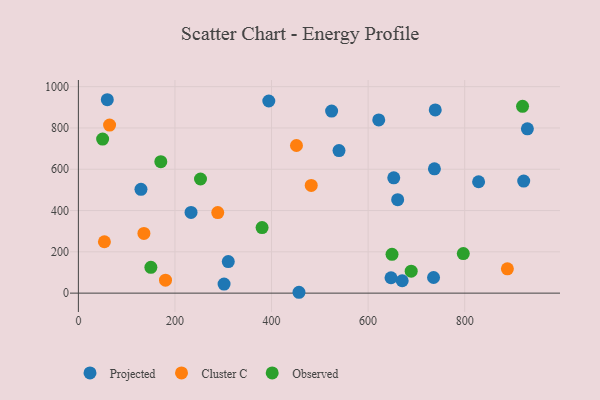
{"axis": {"x": "Price", "y": "Salary"}, "legend": ["Cluster C", "Observed", "Projected"], "data": [{"x": "828.8", "y": 539.4, "type": "Projected"}, {"x": "739.0", "y": 887.5, "type": "Projected"}, {"x": "647.4", "y": 74.5, "type": "Projected"}, {"x": "456.8", "y": 4.2, "type": "Projected"}, {"x": "129.6", "y": 503.0, "type": "Projected"}, {"x": "301.7", "y": 44.1, "type": "Projected"}, {"x": "737.3", "y": 602.1, "type": "Projected"}, {"x": "653.1", "y": 558.4, "type": "Projected"}, {"x": "735.5", "y": 75.7, "type": "Projected"}, {"x": "929.8", "y": 795.7, "type": "Projected"}, {"x": "233.3", "y": 390.9, "type": "Projected"}, {"x": "539.7", "y": 690.5, "type": "Projected"}, {"x": "524.4", "y": 881.8, "type": "Projected"}, {"x": "922.2", "y": 542.8, "type": "Projected"}, {"x": "394.3", "y": 930.5, "type": "Projected"}, {"x": "661.2", "y": 452.8, "type": "Projected"}, {"x": "310.4", "y": 153.0, "type": "Projected"}, {"x": "670.6", "y": 59.9, "type": "Projected"}, {"x": "59.9", "y": 936.7, "type": "Projected"}, {"x": "622.0", "y": 838.7, "type": "Projected"}, {"x": "888.4", "y": 117.8, "type": "Cluster C"}, {"x": "451.6", "y": 714.9, "type": "Cluster C"}, {"x": "482.2", "y": 521.7, "type": "Cluster C"}, {"x": "288.6", "y": 390.0, "type": "Cluster C"}, {"x": "64.6", "y": 813.8, "type": "Cluster C"}, {"x": "53.9", "y": 248.8, "type": "Cluster C"}, {"x": "180.4", "y": 62.9, "type": "Cluster C"}, {"x": "135.7", "y": 289.0, "type": "Cluster C"}, {"x": "252.9", "y": 552.7, "type": "Observed"}, {"x": "649.5", "y": 188.1, "type": "Observed"}, {"x": "919.8", "y": 904.7, "type": "Observed"}, {"x": "150.1", "y": 125.2, "type": "Observed"}, {"x": "797.1", "y": 191.7, "type": "Observed"}, {"x": "689.2", "y": 106.5, "type": "Observed"}, {"x": "170.7", "y": 636.8, "type": "Observed"}, {"x": "50.2", "y": 746.2, "type": "Observed"}, {"x": "380.4", "y": 317.7, "type": "Observed"}]}